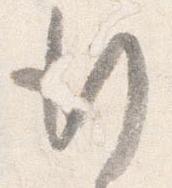
行